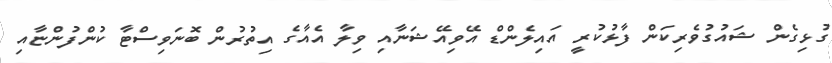
ގުޅިގެން ޝައުގުވެރިކަން ފާޅުކުރީ އައިލެންޑް އޭވިއޭޝަނާއި ވިލާ އެއާގެ އިތުރުން ބޮނަވިސްޓާ ކުންފުންޏާއި